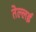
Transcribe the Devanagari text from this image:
तेल्लई